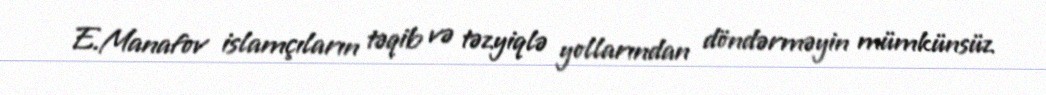
E.Manafov islamçıların təqib və təzyiqlə yollarından döndərməyin mümkünsüz